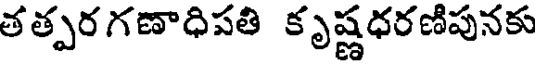
తత్పరగణాధిపతి కృష్ణధరణిపునకు